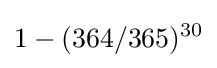
1-(364/365)^{30}